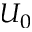
U _ { 0 }